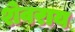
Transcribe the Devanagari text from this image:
शेवराय